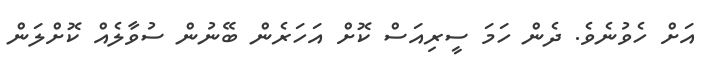
އަށް ހެވުނެވެ. ދެން ހަމަ ސީރިއަސް ކޮށް އަހަރެން ބޭނުން ސުވާލެއް ކޮށްލަން